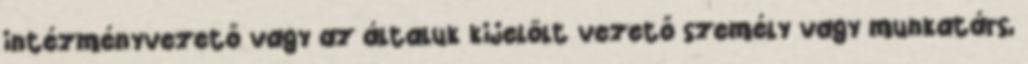
intézményvezető vagy az általuk kijelölt vezető személy vagy munkatárs,